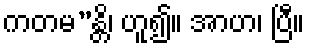
ကတမ”န္တိ၊ ဟူ၍။ အာဟ၊ ပြီ။